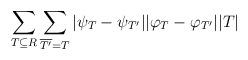
LaTeX: \begin{align*} \sum_{T\subseteq R}\sum_{\overline{T'}=T}|\psi_{T} - \psi_{T'}||\varphi_{T}- \varphi_{T'}| |T|\end{align*}